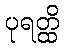
ပုရတ္ထိ